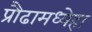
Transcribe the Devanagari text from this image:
प्रौढामध्येहा